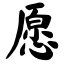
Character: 愿